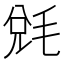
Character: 𣮆